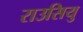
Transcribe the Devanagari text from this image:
राउसियु